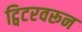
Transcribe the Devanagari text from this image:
ट्विटरवरून